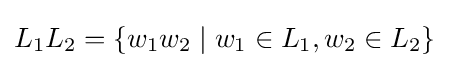
L_{1}L_{2}=\{w_{1}w_{2}\mid w_{1}\in L_{1},w_{2}\in L_{2}\}